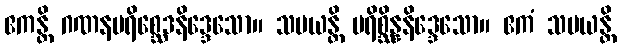
ဧကန္တိ ဂဏနပရိစ္ဆေဒနိဒ္ဒေသော။ သမယန္တိ ပရိစ္ဆိန္နနိဒ္ဒေသော။ ဧကံ သမယန္တိ